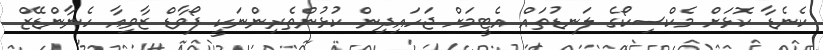
ކެނެޑާ ކޮޅަށް މެކްސިކޯގެ ލަނޑުތައް އެޓީމަށް ޖަހައިދިން ކުޅުންތެރިންނަކީ ފޯވާޑް ޒާވިއާ ހެނާންޑޭޒް